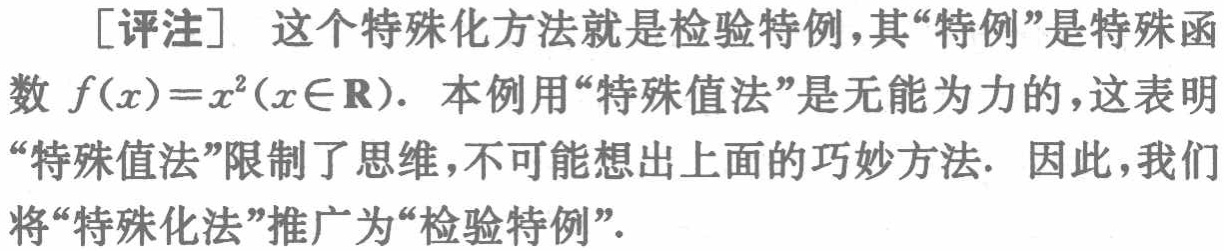
[评注] 这个特殊化方法就是检验特例,其“特例”是特殊函数 \(f(x)=x^{2}(x\in \mathbf{R})\). 本例用“特殊值法”是无能为力的,这表明“特殊值法”限制了思维,不可能想出上面的巧妙方法. 因此,我们将“特殊化法”推广为“检验特例”.